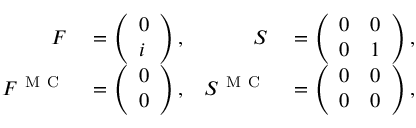
\begin{array} { r l r l } { F } & { { } = \left( \begin{array} { l } { 0 } \\ { i } \end{array} \right) , } & { S } & { { } = \left( \begin{array} { l l } { 0 } & { 0 } \\ { 0 } & { 1 } \end{array} \right) , } \\ { F ^ { \mathrm { ~ M ~ C ~ } } } & { { } = \left( \begin{array} { l } { 0 } \\ { 0 } \end{array} \right) , } & { S ^ { \mathrm { ~ M ~ C ~ } } } & { { } = \left( \begin{array} { l l } { 0 } & { 0 } \\ { 0 } & { 0 } \end{array} \right) , } \end{array}